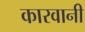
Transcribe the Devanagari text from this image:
कारवानी